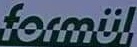
formul